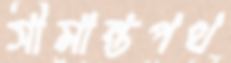
সীমান্তপথ